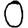
Digit: 0